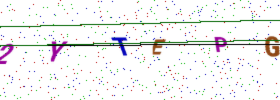
Text: 2YTEPG